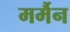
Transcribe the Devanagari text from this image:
मर्मैन